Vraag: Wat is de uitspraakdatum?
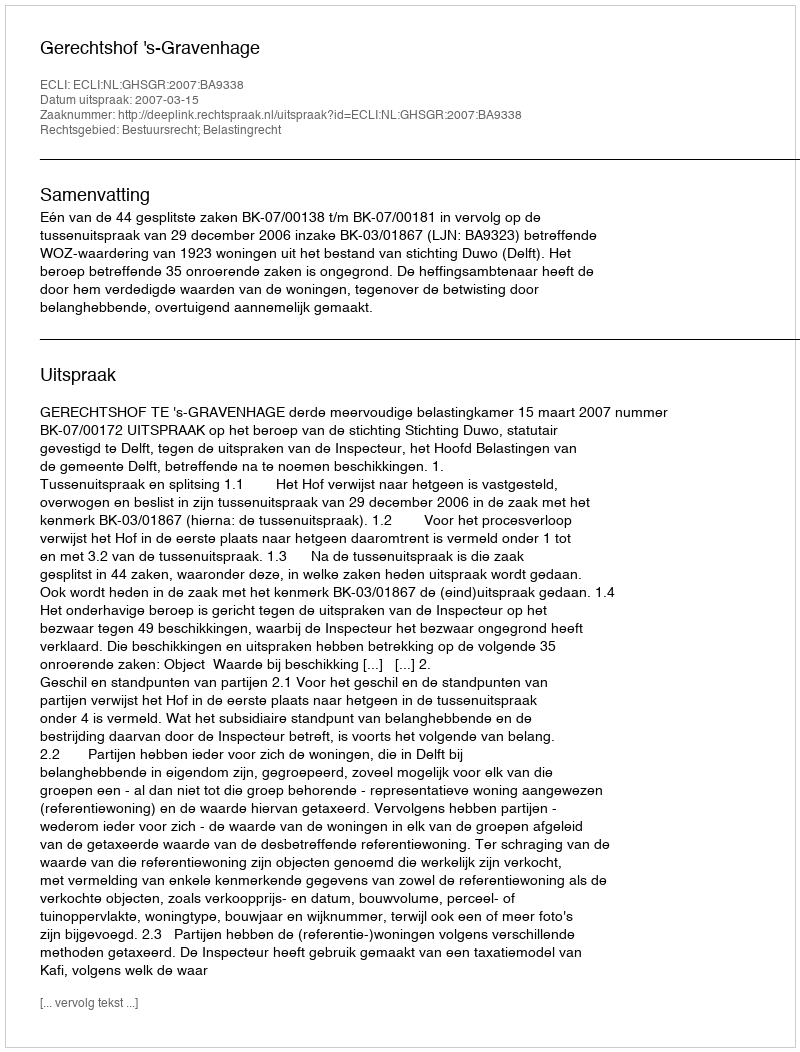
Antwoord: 2007-03-15